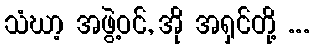
သံဃာ့ အဖွဲ့ဝင်, အို အရှင်တို့ ...